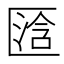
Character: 𱑋